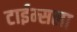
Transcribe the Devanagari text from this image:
टाईम्सला